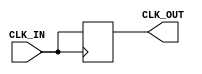
module BasicClockBuffer (
    input wire CLK_IN,       // Clock input
    output wire CLK_OUT      // Buffered clock output
);

// Internal signal for the buffered clock
reg CLK_BUF;

// Buffering logic
always @(posedge CLK_IN) begin
    // Simple buffering mechanism
    CLK_BUF <= CLK_IN;
end

// Assign the buffered clock to the output
assign CLK_OUT = CLK_BUF;

endmodule